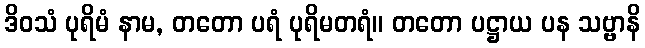
ဒိဝသံ ပုရိမံ နာမ, တတော ပရံ ပုရိမတရံ။ တတော ပဋ္ဌာယ ပန သဗ္ဗာနိ